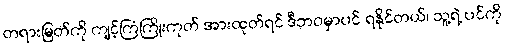
တရားမြတ်ကို ကျင့်ကြံကြိုးကုတ် အားထုတ်ရင် ဒီဘဝမှာပင် ရနိုင်တယ်၊ သူ့ရဲ့ ပင်ကို